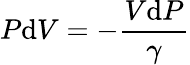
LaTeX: P\mathrm{d}V=-{\frac{V\mathrm{d}P}{\gamma}}